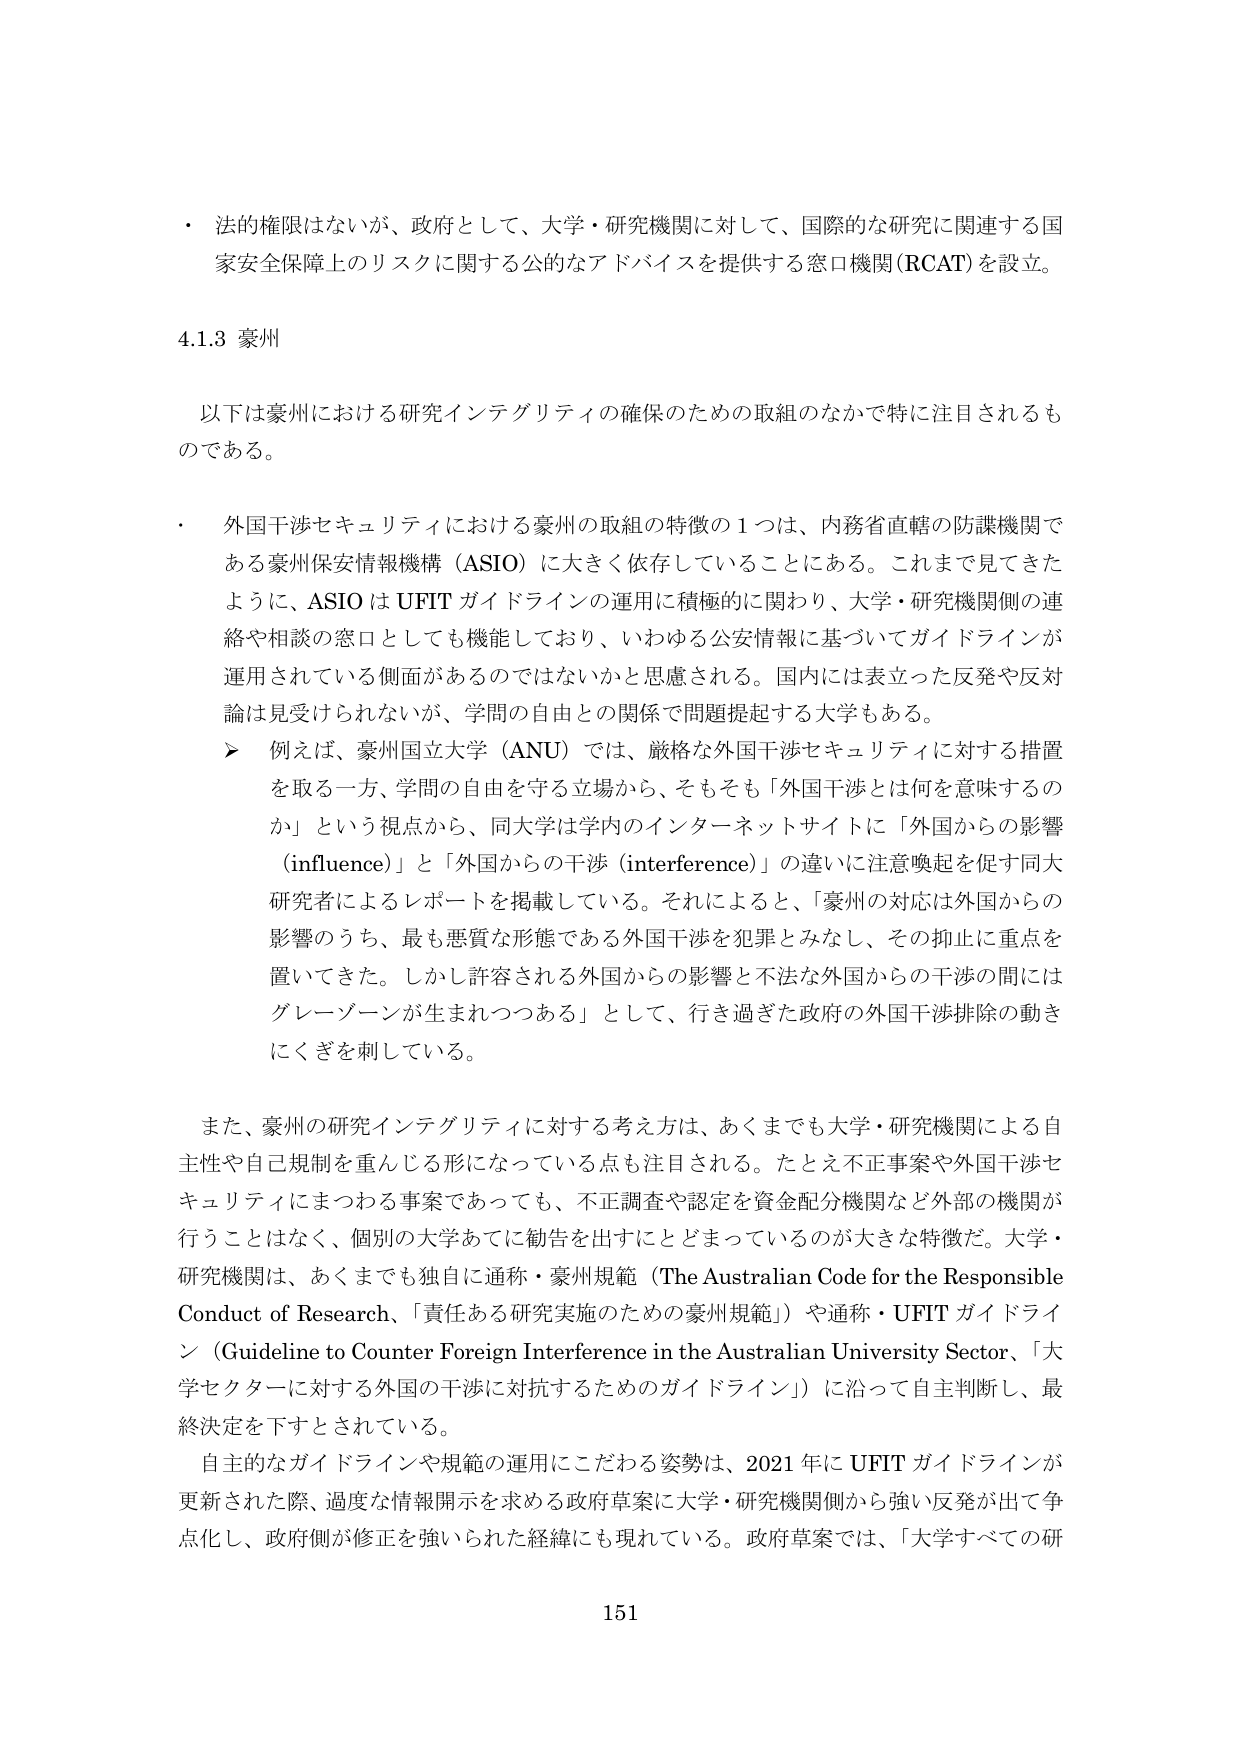
・ 法的権限はないが、政府として、大学・研究機関に対して、国際的な研究に関連する国家安全保障上のリスクに関する公的アドバイスを提供する窓口機関（RCAT）を設立。

4.1.3 豪州

以下は豪州における研究インテグリティの確保のための取組のなかで特に注目されるものである。

・ 外国干渉セキュリティにおける豪州の取組の特徴の1つは、内務省直轄の防諜機関である豪州保安情報機構（ASIO）に大きく依存していることにある。これまで見てきたように、ASIOはUFITガイドラインの運用に積極的に関わり、大学・研究機関側の連絡や相談の窓口としても機能しており、いわゆる公安情報に基づいてガイドラインが運用されている側面があるのではないかと思慮される。国内には表立った反発や反対論は見受けられないが、学問の自由との関係で問題提起する大学もある。
　　▶ 例えば、豪州国立大学（ANU）では、厳格な外国干渉セキュリティに対する措置を取る一方、学問の自由を守る立場から、そもそも「外国干渉とは何を意味するのか」という視点から、同大学は学内のインターネットサイトに「外国からの影響（influence）」と「外国からの干渉（interference）」の違いに注意喚起を促す同大研究者によるレポートを掲載している。それによると、「豪州の対応は外国からの影響のうち、最も悪質な形態である外国干渉を犯罪とみなし、その抑止に重点を置いてきた。しかし許容される外国からの影響と不法な外国からの干渉の間にはグレーゾーンが生まれつつある」として、行き過ぎた政府の外国干渉排除の動きにくぎを刺している。

また、豪州の研究インテグリティに対する考え方は、あくまでも大学・研究機関による自主性や自己規制を重んじる形になっている点も注目される。たとえ不正事案や外国干渉セキュリティにまつわる事案であっても、不正調査や認定を資金配分機関など外部の機関が行うことはなく、個別の大学あてに勧告を出すにとどまっているのが大きな特徴だ。大学・研究機関は、あくまでも独自に通称・豪州規範（The Australian Code for the Responsible Conduct of Research、「責任ある研究実施のための豪州規範」）や通称・UFITガイドライン（Guideline to Counter Foreign Interference in the Australian University Sector、「大学セクターに対する外国の干渉に対抗するためのガイドライン」）に沿って自主判断し、最終決定を下すとされている。

自主的なガイドラインや規範の運用にこだわる姿勢は、2021年にUFITガイドラインが更新された際、過度な情報開示を求める政府草案に大学・研究機関側から強い反発が出て争点化し、政府側が修正を強いられた経緯にも現れている。政府草案では、「大学すべての研

151